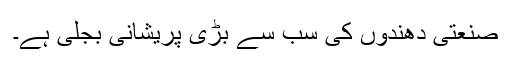
صنعتی دھندوں کی سب سے بڑی پریشانی بجلی ہے۔